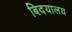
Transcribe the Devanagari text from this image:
बिदयालय